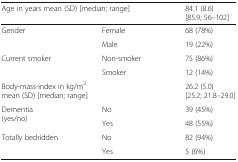
<table><thead><tr><td colspan="2"><b>Age in years mean (SD) [median; range]</b></td><td><b>84.1 (8.6)[85.9; 56–102]</b></td></tr></thead><tbody><tr><td rowspan="2">Gender</td><td>Female</td><td>68 (78%)</td></tr><tr><td>Male</td><td>19 (22%)</td></tr><tr><td rowspan="2">Current smoker</td><td>Non-smoker</td><td>75 (86%)</td></tr><tr><td>Smoker</td><td>12 (14%)</td></tr><tr><td colspan="2">Body-mass-index in kg/m<sup>2</sup>mean (SD) [median; range]</td><td>26.2 (5.0)[25.2; 21.8–29.0]</td></tr><tr><td rowspan="2">Dementia(yes/no)</td><td>No</td><td>39 (45%)</td></tr><tr><td>Yes</td><td>48 (55%)</td></tr><tr><td rowspan="2">Totally bedridden</td><td>No</td><td>82 (94%)</td></tr><tr><td>Yes</td><td>5 (6%)</td></tr></tbody></table>